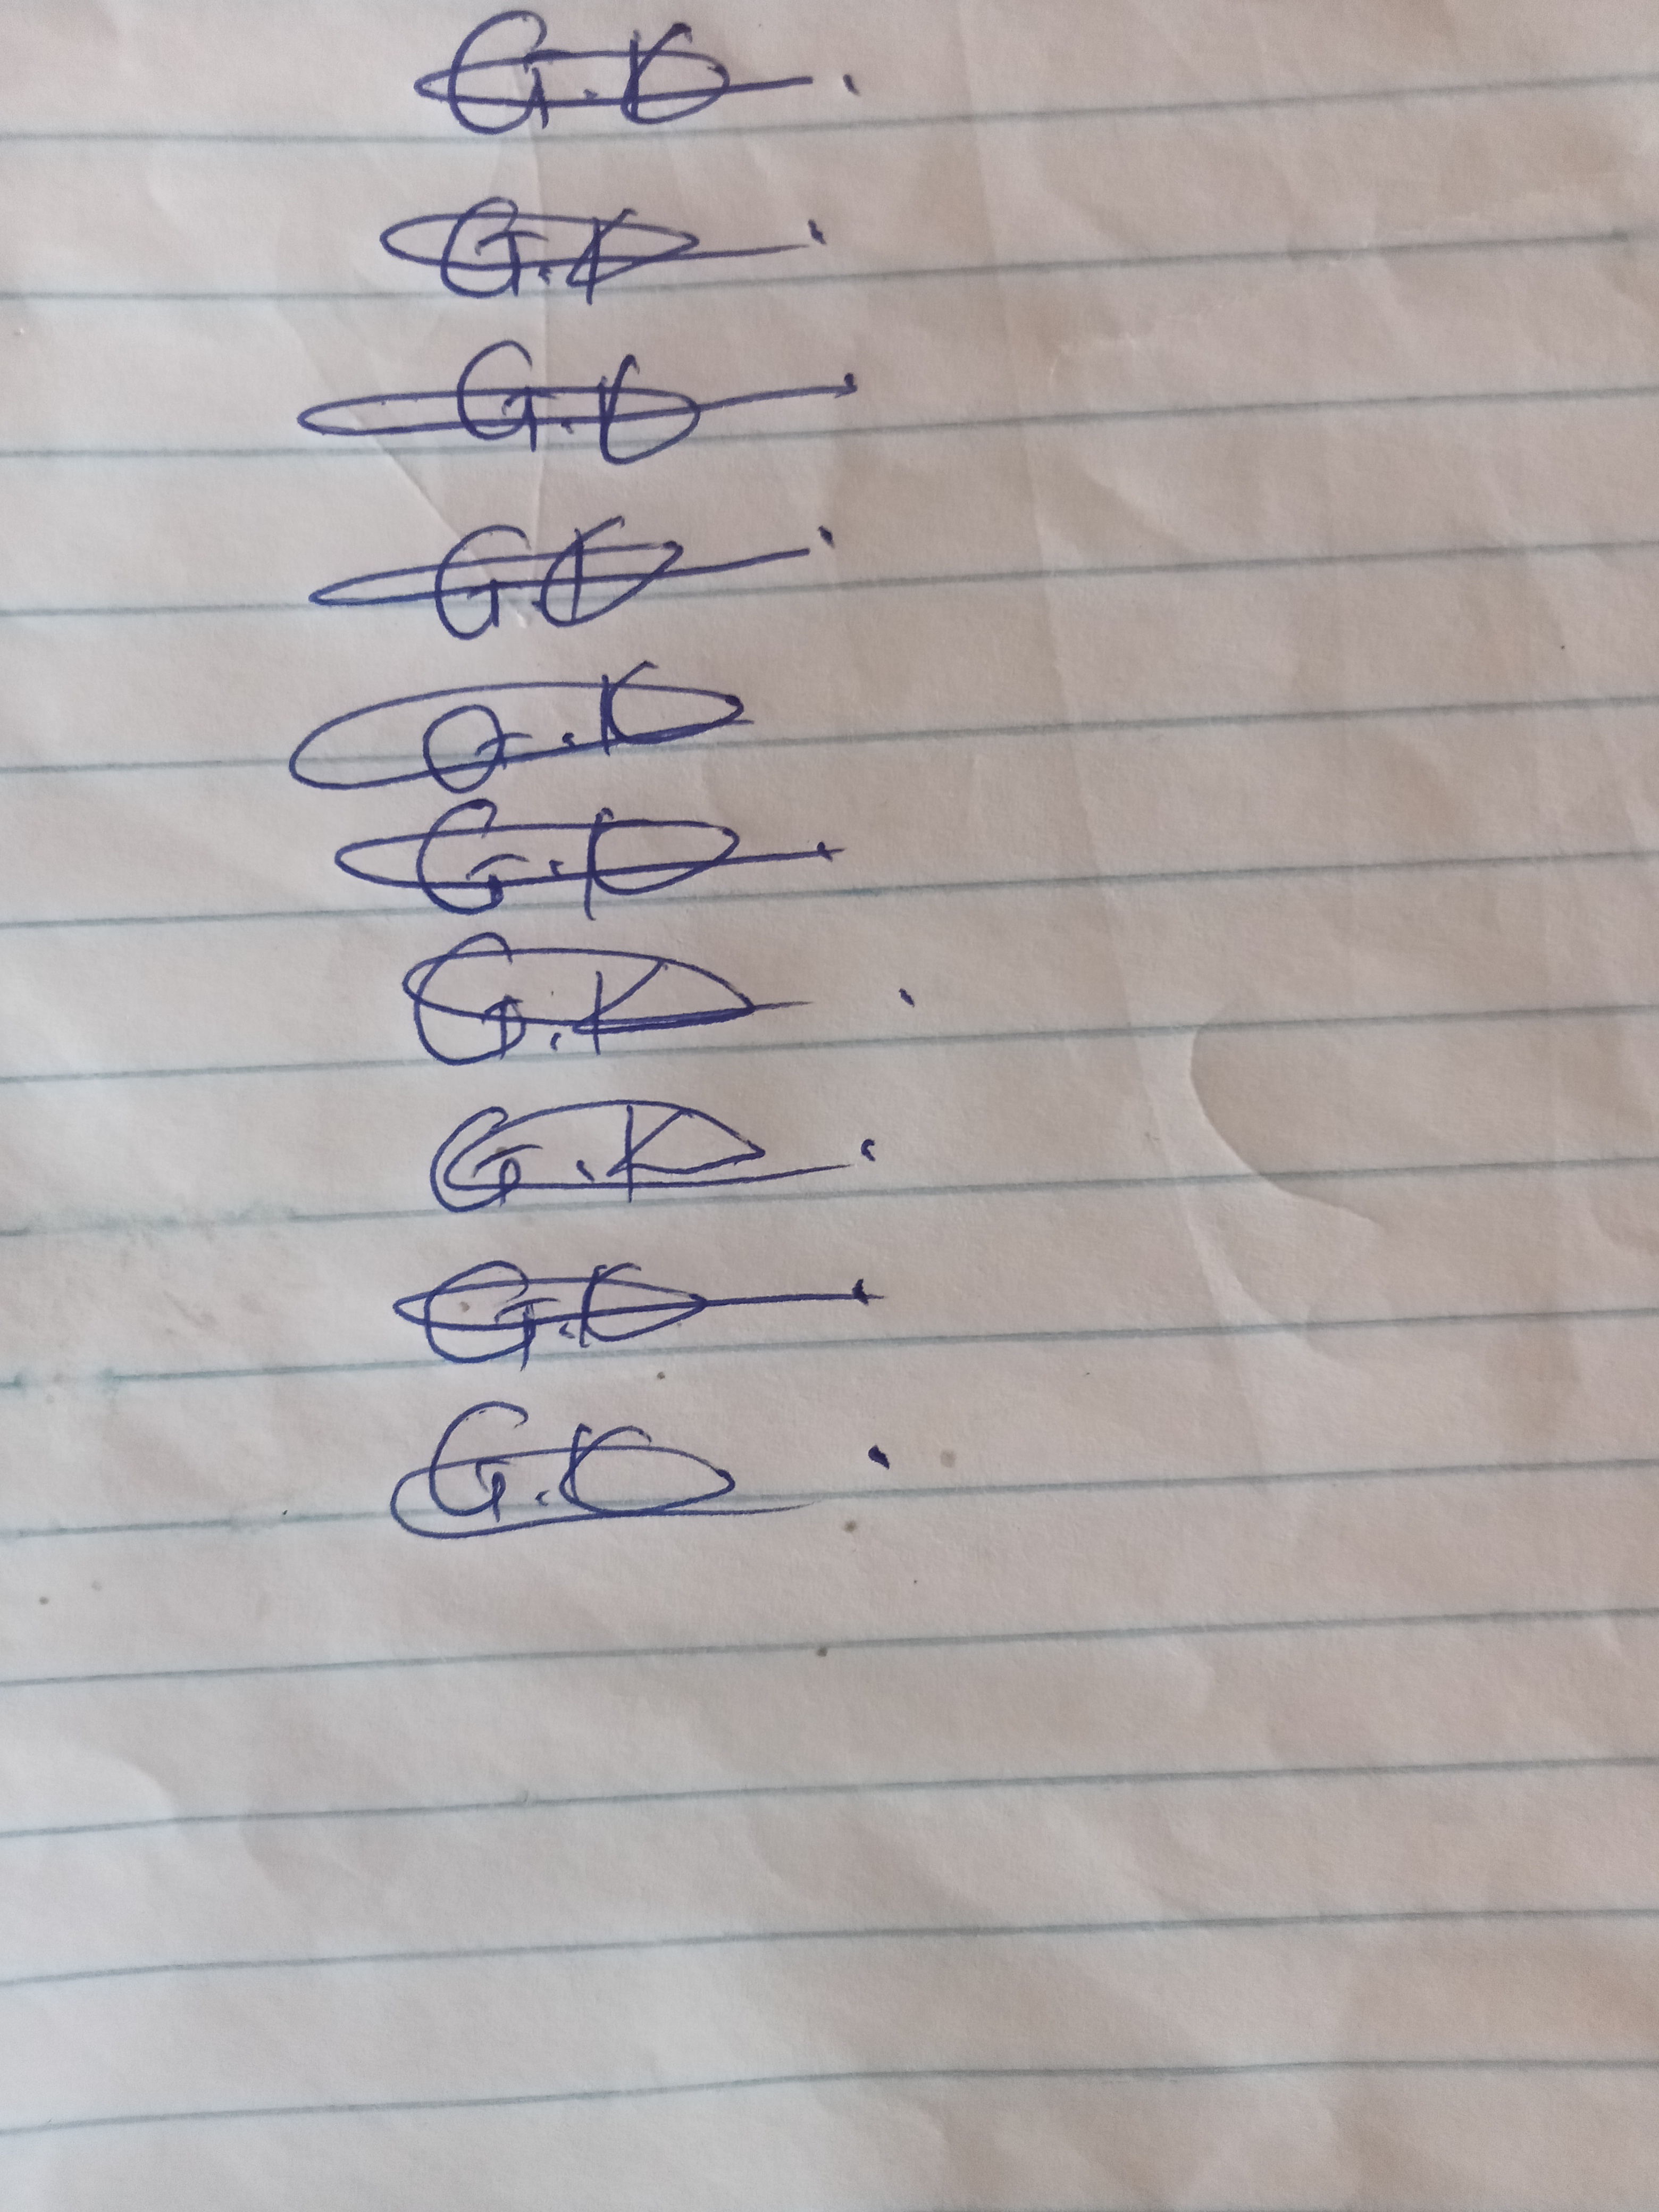
Signature authenticity: genuine